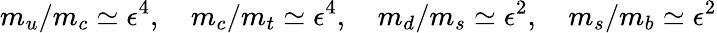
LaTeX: m_{u}/m_{c}\simeq\epsilon^{4},\quad m_{c}/m_{t}\simeq\epsilon^{4},\quad m_{d}/m_{s}\simeq\epsilon^{2},\quad m_{s}/m_{b}\simeq\epsilon^{2}